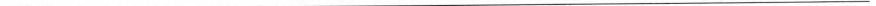
___